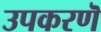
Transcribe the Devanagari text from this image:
उपकरणॆ